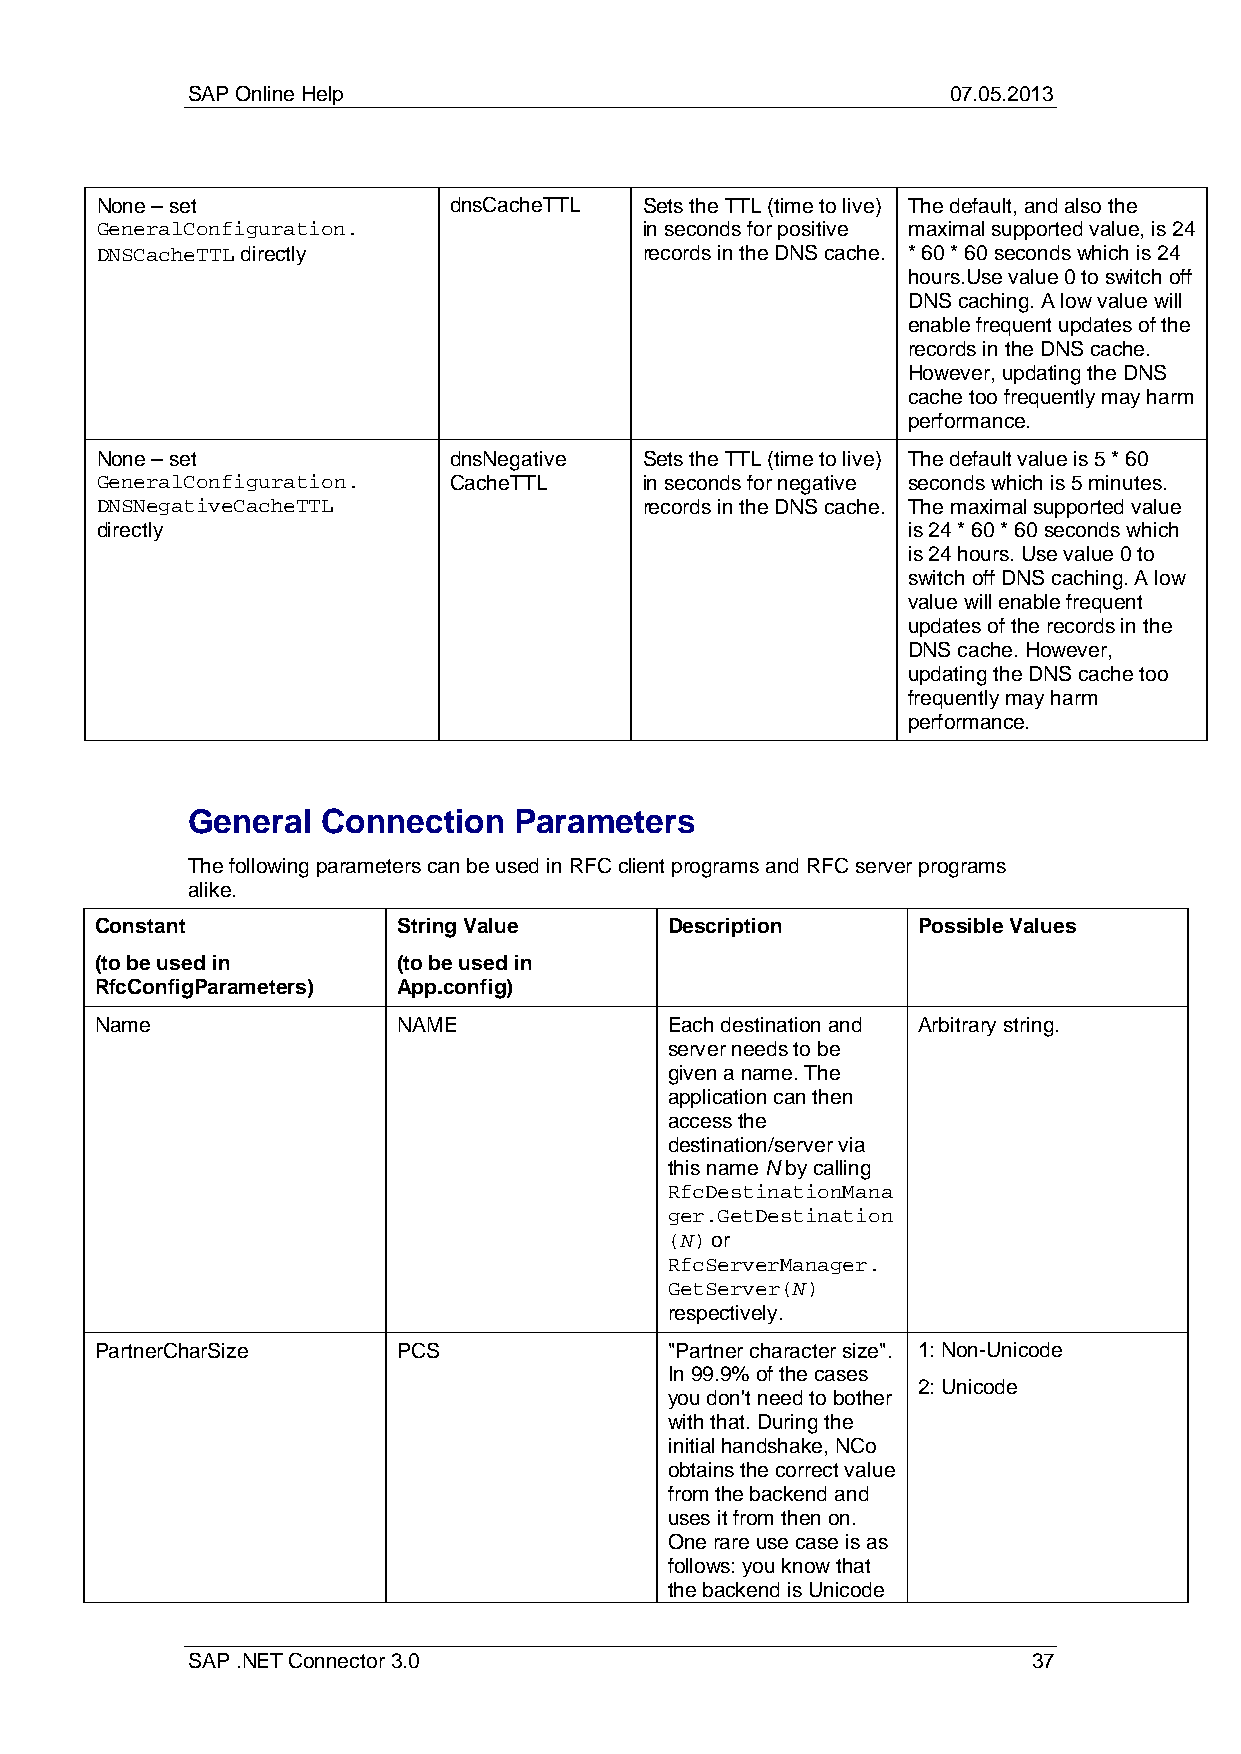
SAP Online Help                                    07.05.2013
 None – set              dnsCacheTTL  Sets the TTL (time to live) The default, and also the
 GeneralConfiguration.                in seconds for positive maximal supported value, is 24
 DNSCacheTTL directly                 records in the DNS cache. * 60 * 60 seconds which is 24
 hours.Use value 0 to switch off
 DNS caching. A low value will
 enable frequent updates of the
 records in the DNS cache.
 However, updating the DNS
 cache too frequently may harm
 performance.
 None – set              dnsNegative  Sets the TTL (time to live) The default value is 5 * 60
 GeneralConfiguration.   CacheTTL     in seconds for negative seconds which is 5 minutes.
 DNSNegativeCacheTTL                  records in the DNS cache. The maximal supported value
 directly                                              is 24 * 60 * 60 seconds which
 is 24 hours. Use value 0 to
 switch off DNS caching. A low
 value will enable frequent
 updates of the records in the
 DNS cache. However,
 updating the DNS cache too
 frequently may harm
 performance.
 General  Connection   Parameters
 The following parameters can be used in RFC client programs and RFC server programs
 alike.
 Constant            String Value      Description      Possible Values
 (to be used in      (to be used in
 RfcConfigParameters) App.config)
 Name                NAME              Each destination and Arbitrary string.
 server needs to be
 given a name. The
 application can then
 access the
 destination/server via
 this name N by calling
 RfcDestinationMana
 ger.GetDestination
 (N) or
 RfcServerManager.
 GetServer(N)
 respectively.
 PartnerCharSize     PCS               "Partner character size". 1: Non-Unicode
 In 99.9% of the cases
 2: Unicode
 you don't need to bother
 with that. During the
 initial handshake, NCo
 obtains the correct value
 from the backend and
 uses it from then on.
 One rare use case is as
 follows: you know that
 the backend is Unicode
 SAP .NET Connector 3.0                                  37